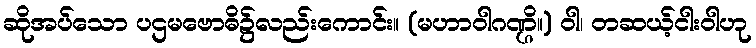
ဆိုအပ်သော ပဌမဗောဓိ၌လည်းကောင်း။ (မဟာဝါဂဏ္ဌိ။) ဝါ၊ တဆယ့်ငါးဝါဟု